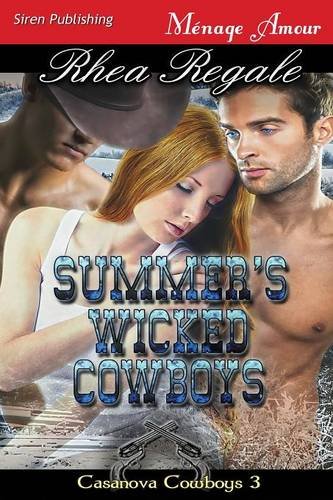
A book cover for Summer's Wicked Cowboys [Casanova Cowboys 3] (Siren Publishing Menage Amour); Rhea Regale; Romance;